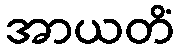
အာယတိံ